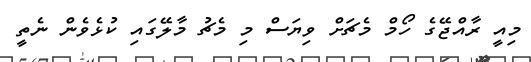
މިއީ ރާއްޖޭގެ ހޯމް މެޗަށް ވިޔަސް މި މެޗު މާލޭގައި ކުޅެވެން ނެތީ